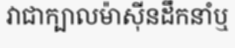
វាជាក្បាលម៉ាស៊ីនដឹកនាំឬ